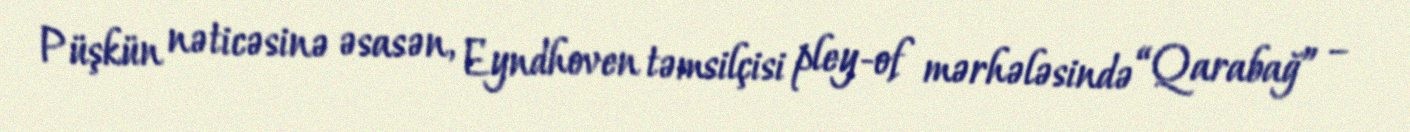
Püşkün nəticəsinə əsasən, Eyndhoven təmsilçisi pley-of mərhələsində “Qarabağ” –